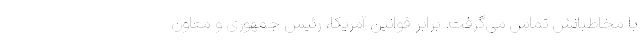
با مخاطبانش تماس می‌گرفت. برابر قوانین آمریکا، رئیس جمهوری و معاون